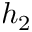
h _ { 2 }